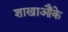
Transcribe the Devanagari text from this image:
शाखाऔंके